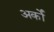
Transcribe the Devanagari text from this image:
अर्कों